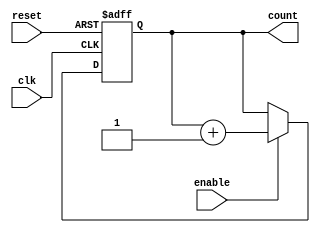
module RingCounter(
    input wire clk,
    input wire reset,
    input wire enable,
    output reg [3:0] count
);

always @(posedge clk or posedge reset) begin
    if(reset) 
        count <= 4'b0000;
    else if(enable)
        count <= count + 1;
end

endmodule